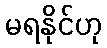
မရနိုင်ဟု